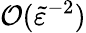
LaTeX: \mathcal{O}(\tilde{\varepsilon}^{-2})